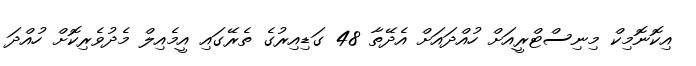
އިކޮނޮމިކް މިނިސްޓްރީއަށް ހުއްދައަށް އެދޭތާ 48 ގަޑިއިރުގެ ތެރޭގައި އީމެއިލް މެދުވެރިކޮށް ހުއްދަ